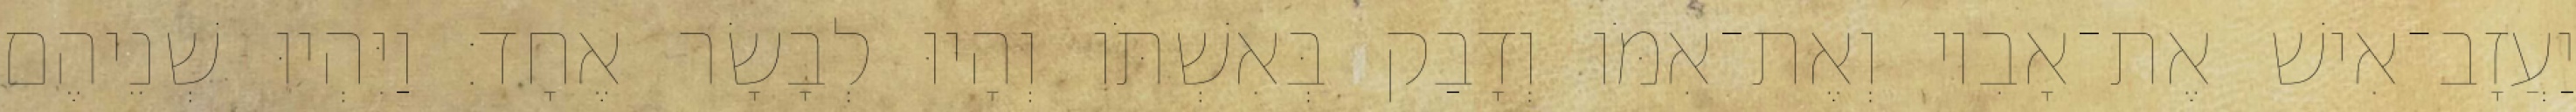
יַעֲזָב־אִישׁ אֶת־אָבִיו וְאֶת־אִמֹּו וְדָבַק בְּאִשְׁתֹּו וְהָיוּ לְבָשָׂר אֶחָד׃ וַיִּהְיוּ שְׁנֵיהֶם